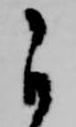
自